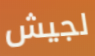
لجيش